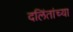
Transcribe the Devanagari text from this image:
दलिंतांच्या